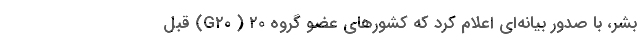
بشر، با صدور بیانه‌ای اعلام کرد که کشورهای عضو گروه ۲۰ ( G۲۰) قبل